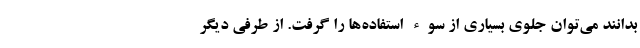
بدانند می‌توان جلوی بسیاری از سوء استفاده‌ها را گرفت. از طرفی دیگر